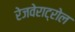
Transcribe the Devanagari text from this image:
रेजवेराट्रोल